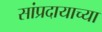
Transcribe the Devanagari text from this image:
सांप्रदायाच्या